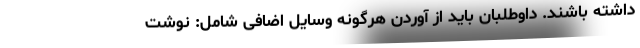
داشته باشند. داوطلبان باید از آوردن هرگونه وسایل اضافی شامل: نوشت